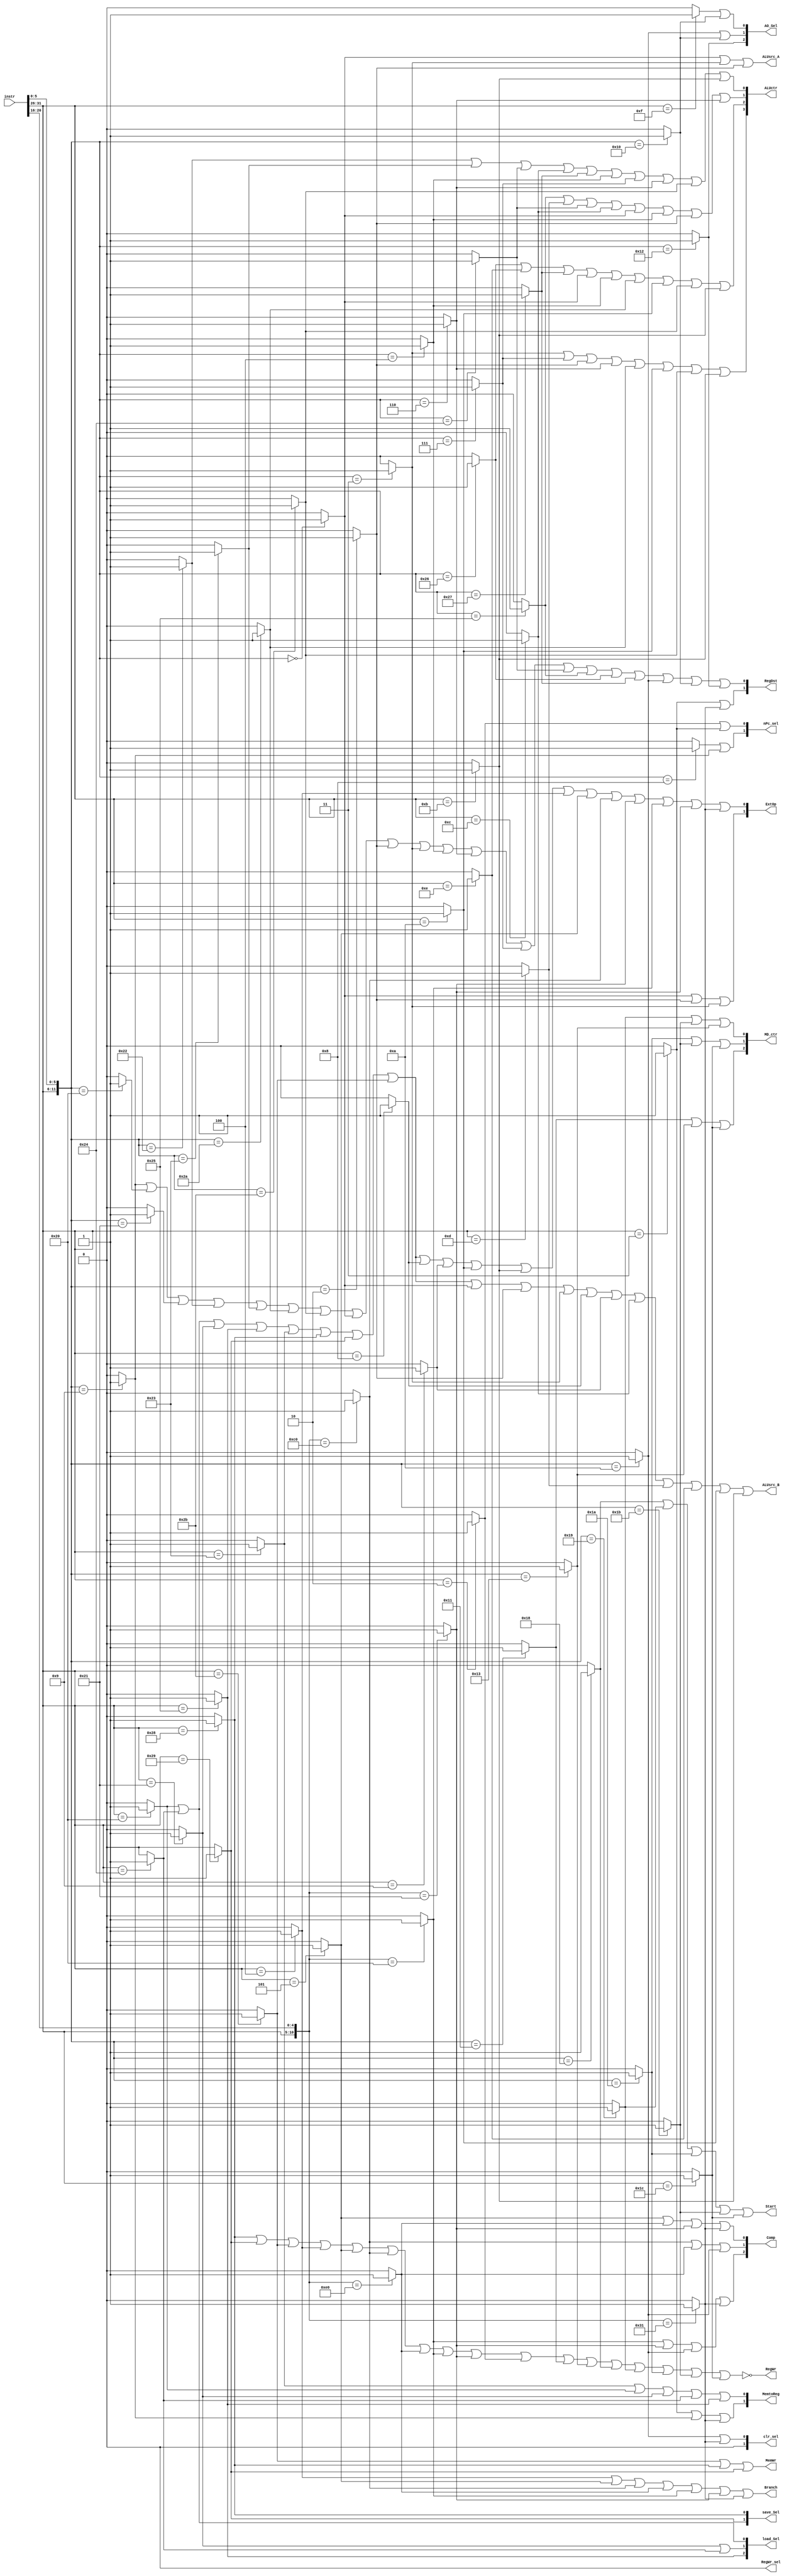
`timescale 1ns / 1ps

`define Op 31:26
`define Funct 5:0
`define Br 20:16

module ControlUnit(
	instr, 
	Comp, Branch, nPc_sel, ExtOp, clr_sel,
	ALUctr, ALUsrc_A, ALUsrc_B, AO_Sel, MD_ctr, Start,
	MemWr, save_Sel, 
	load_Sel, RegWr, RegDst, MemtoReg, RegWr_sel);
	
	parameter 
	ADD   = 12'b000000_100000,
	ADDI  = 6'b001000,
	ADDIU = 6'b001001,
	ADDU  = 12'b000000_100001,
	AND   = 12'b000000_100100,
	ANDI  = 6'b001100,
	BEQ   = 6'b000100,
	BGEZ  = 11'b000001_00001,
	BGTZ  = 11'b000111_00000,
	BLEZ  = 11'b000110_00000,
	BLTZ  = 11'b000001_00000,
	BNE   = 6'b000101,
	J     = 6'b000010,
	JAL   = 6'b000011,
	JALR  = 12'b000000_001001,
	JR    = 12'b000000_001000,
	LB    = 6'b100000,
	LBU   = 6'b100100,
	LH    = 6'b100001,
	LHU   = 6'b100101,
	LUI   = 6'b001111,
	LW    = 6'b100011,
	NOR   = 12'b000000_100111,
	OR    = 12'b000000_100101,
	ORI   = 6'b001101,
	SB    = 6'b101000,
	SH    = 6'b101001,
	SLL   = 12'b000000_000000,
	SLLV  = 12'b000000_000100,
	SLT   = 12'b000000_101010,
	SLTI  = 6'b001010,
	SLTIU = 6'b001011,
	SLTU  = 12'b000000_101011,
	SRA   = 12'b000000_000011,
	SRAV  = 12'b000000_000111,
	SRL   = 12'b000000_000010,
	SRLV  = 12'b000000_000110,
	SUB   = 12'b000000_100010,
	SUBU  = 12'b000000_100011,
	SW    = 6'b101011,
	XOR   = 12'b000000_100110,
	XORI  = 6'b001110,
	
	MFHI  = 12'b000000_010000,
	MFLO  = 12'b000000_010010,
	MTHI  = 12'b000000_010001,
	MTLO  = 12'b000000_010011,
	MULT  = 12'b000000_011000,
	MULTU = 12'b000000_011001,
	DIV   = 12'b000000_011010,
	DIVU  = 12'b000000_011011,
	
	MOVZ  = 12'b000000_001010,
	BGEZAL = 11'b000001_10001,
	MADD = 6'b011100;
	
	input [31:0] instr;
	
	wire [5:0] Op, Funct;
	wire [4:0] Brtype;
	
	assign Op = instr[`Op];
	assign Funct = instr[`Funct];
	assign Brtype = instr[`Br];
	
	wire add;
	assign add = ({Op, Funct} == ADD) ? 1 : 0;
	wire addu;
	assign addu = ({Op, Funct} == ADDU) ? 1 : 0;
	wire andd;
	assign andd = ({Op, Funct} == AND) ? 1 : 0;
	wire bgez;
	assign bgez = ({Op, Brtype} == BGEZ) ? 1 : 0;
	wire bgtz;
	assign bgtz = ({Op, Brtype} == BGTZ) ? 1 : 0;
	wire blez;
	assign blez = ({Op, Brtype} == BLEZ) ? 1 : 0;
	wire bltz;
	assign bltz = ({Op, Brtype} == BLTZ) ? 1 : 0;
	wire jalr;
	assign jalr = ({Op, Funct} == JALR) ? 1 : 0;
	wire jr;
	assign jr = ({Op, Funct} == JR) ? 1 : 0;
	wire norr;
	assign norr = ({Op, Funct} == NOR) ? 1 : 0;
	wire orr;
	assign orr = ({Op, Funct} == OR) ? 1 : 0;
	wire sll;
	assign sll = ({Op, Funct} == SLL) ? 1 : 0;
	wire sllv;
	assign sllv = ({Op, Funct} == SLLV) ? 1 : 0;
	wire slt;
	assign slt = ({Op, Funct} == SLT) ? 1 : 0;
	wire sltu;
	assign sltu = ({Op, Funct} == SLTU) ? 1 : 0;
	wire sra;
	assign sra = ({Op, Funct} == SRA) ? 1 : 0;
	wire srav;
	assign srav = ({Op, Funct} == SRAV) ? 1 : 0;
	wire srl;
	assign srl = ({Op, Funct} == SRL) ? 1 : 0;
	wire srlv;
	assign srlv = ({Op, Funct} == SRLV) ? 1 : 0;
	wire sub;
	assign sub = ({Op, Funct} == SUB) ? 1 : 0;
	wire subu;
	assign subu = ({Op, Funct} == SUBU) ? 1 : 0;
	wire xorr;
	assign xorr = ({Op, Funct} == XOR) ? 1 : 0;
	wire addi;
	assign addi = (Op == ADDI) ? 1 : 0;
	wire addiu;
	assign addiu = (Op == ADDIU) ? 1 : 0;
	wire andi;
	assign andi = (Op == ANDI) ? 1 : 0;
	wire beq;
	assign beq = (Op == BEQ) ? 1 : 0;
	wire bne;
	assign bne = (Op == BNE) ? 1 : 0;
	wire j;
	assign j = (Op == J) ? 1 : 0;
	wire jal;
	assign jal = (Op == JAL) ? 1 : 0;
	wire lb;
	assign lb = (Op == LB) ? 1 : 0;
	wire lbu;
	assign lbu = (Op == LBU) ? 1 : 0;
	wire lh;
	assign lh = (Op == LH) ? 1 : 0;
	wire lhu;
	assign lhu = (Op == LHU) ? 1 : 0;
	wire lui;
	assign lui = (Op == LUI) ? 1 : 0;
	wire lw;
	assign lw = (Op == LW) ? 1 : 0;
	wire ori;
	assign ori = (Op == ORI) ? 1 : 0;
	wire sb;
	assign sb = (Op == SB) ? 1 : 0;
	wire sh;
	assign sh = (Op == SH) ? 1 : 0;
	wire slti;
	assign slti = (Op == SLTI) ? 1 : 0;
	wire sltiu;
	assign sltiu = (Op == SLTIU) ? 1 : 0;
	wire sw;
	assign sw = (Op == SW) ? 1 : 0;
	wire xori;
	assign xori = (Op == XORI) ? 1 : 0;
	wire movz;
	assign movz = ({Op, Funct} == MOVZ) ? 1 : 0;
	wire bgezal;
	assign bgezal = ({Op, Brtype} == BGEZAL) ? 1 : 0;
	
	wire mfhi;
	assign mfhi = ({Op, Funct} == MFHI) ? 1 : 0;
	wire mflo;
	assign mflo = ({Op, Funct} == MFLO) ? 1 : 0;
	wire mthi;
	assign mthi = ({Op, Funct} == MTHI) ? 1 : 0;
	wire mtlo;
	assign mtlo = ({Op, Funct} == MTLO) ? 1 : 0;
	wire mult;
	assign mult = ({Op, Funct} == MULT) ? 1 : 0;
	wire multu;
	assign multu = ({Op, Funct} == MULTU) ? 1 : 0;
	wire div;
	assign div = ({Op, Funct} == DIV) ? 1 : 0;
	wire divu;
	assign divu = ({Op, Funct} == DIVU) ? 1 : 0;
	
	wire madd;
	assign madd = (Op == MADD) ? 1 : 0;
	
	output [2:0] Comp;
	assign Comp = {bltz|bgez|movz|bgezal, blez|bgtz|movz, bne|bgtz|bgez|bgezal};
	// 000:'beq' 001:'bne' 010:'blez' 011:'bgtz' 100:'bltz' 101:'bgez'  110:'movz'

	output Branch;
	assign Branch = beq|bne|blez|bgtz|bltz|bgez|bgezal;
	
	output [1:0] clr_sel;
	assign clr_sel = {1'b0, movz|bgezal};
	
	output [1:0] nPc_sel;
	assign nPc_sel = {jr|jalr, j|jal}; //10: 'jr|jalr' 01:'j/jal'
	// +Branch&Zero: 000:'pc+4' 100:'br_pc' 010:'jr|jalr'  001:'j/jal'
	
	output [1:0] ExtOp;
	assign ExtOp = {sll|srl|sra,
					lb|lbu|lh|lhu|lw|sb|sh|sw|addi|addiu|slti|sltiu|beq|bne|blez|bgez|bltz|bgez|bgezal};
	// 00:'Zero' 01:'Sign' 10:'Shift'(for sll/srl/sra)
	
	output [3:0] ALUctr;
	assign ALUctr = {sra|srav|srl|srlv|slt|slti|sltu|sltiu,
					 xorr|xori|norr|sll|sllv|slt|slti|sltu|sltiu,
					 orr|ori|andd|andi|sll|sllv|srl|srlv,
					 sub|subu|andd|andi|norr|sllv|srav|srlv|sltu|sltiu};
	// 0000:'+' 0001:'-' 0010:'|' 0011:'&' 0100:'^' 0101:'nor' 0110:'<<'(sll) 0111:'<<'(sllv) 
	// 1000:'>>>'(sra) 1001:'>>>'(srav) 1010:'srl' 1011:'srlv' 1100:'slt/slti' 1101:'sltu/sltiu'
		
	output ALUsrc_A;
	assign ALUsrc_A = sll|sra|srl; 
	// 0:'RD1' 1:'RD2'(for sll/sra/srl instrs)
	
	output ALUsrc_B;
	assign ALUsrc_B = lb|lbu|lh|lhu|lw|sb|sh|sw|sll|srl|sra|addi|addiu|andi|ori|xori|slti|sltiu;
	// 0:'RD2' 1:'Imm32_lbit'
	
	output [2:0] AO_Sel;
	assign AO_Sel = {mflo, movz|mfhi, lui|mfhi};
	// 000:'AO_tmp' 001:'Imm32_hbit_E' 010:'RD1_E' 011:'HIO' 100:'LOO'
	
	output Start;
	assign Start = mult|multu|div|divu|madd;
	
	output [2:0] MD_ctr;
	assign MD_ctr = {mthi|mtlo|madd, div|divu|madd, multu|divu|mtlo}; 
	// 000:'mult' 001:'multu' 010:'div' 011:'divu' 100:'mthi' 101:'mtlo' 110:'madd'
	
	output MemWr;
	assign MemWr = sw|sb|sh;
	
	output [1:0] save_Sel;
	assign save_Sel = {sh, sb}; 
	// 00:'sw', 01:'sb', 10:'sh'
	
	output [2:0] load_Sel;
	assign load_Sel = {lhu, lh|lbu, lb|lbu};
	// 000:'lw' 001:'lb' 010:'lh' 011:'lbu' 100:'lhu'
	
	output [1:0] MemtoReg;
	assign MemtoReg = {jal|jalr|bgezal, lw|lb|lh|lbu|lhu};
	// 00:'AO' 01:'DM' 10: 'PC8'
	
	output [1:0] RegDst;
	assign RegDst = {jal|bgezal, 
					 jalr|add|addu|sub|subu|slt|sltu|sll|srl|sra|sllv|srlv|srav|andd|orr|xorr|norr|movz|mfhi|mflo};
	// 00:'rt' 01:'rd' 10:'$ra'(for jal)
	
	output RegWr;
	assign RegWr = !(sb|sh|sw|beq|bne|blez|bgtz|bltz|bgez|j|mthi|mtlo|mult|multu|div|divu|madd);
	
	output RegWr_sel;
	assign RegWr_sel = 1'b0;
	
	
endmodule